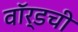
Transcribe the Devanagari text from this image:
वॉर्डची